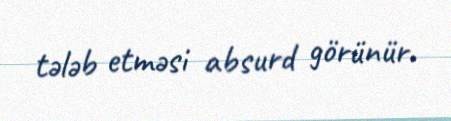
tələb etməsi absurd görünür.